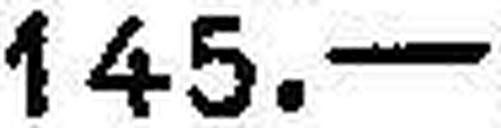
145.—